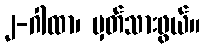
၂-ဂါထာ၊ မှတ်သားဖွယ်။